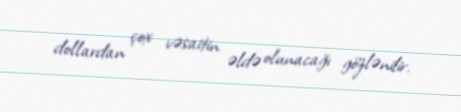
dollardan çox vəsaitin əldə olunacağı gözlənilir.